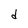
Character: d